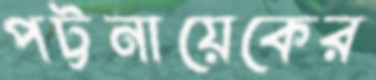
পট্টনায়েকের